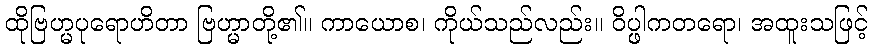
ထိုဗြဟ္မပုရောဟိတာ ဗြဟ္မာတို့၏။ ကာယောစ၊ ကိုယ်သည်လည်း။ ဝိပ္ဖါကတရော၊ အထူးသဖြင့်